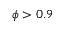
\phi > 0 . 9